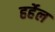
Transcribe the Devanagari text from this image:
हर्हेल